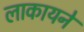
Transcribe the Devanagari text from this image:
लाकायने